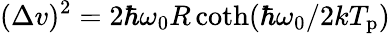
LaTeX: (\Delta v)^{2}=2\hbar\omega_{0}R\coth(\hbar\omega_{0}/2kT_{\mathrm{p}})